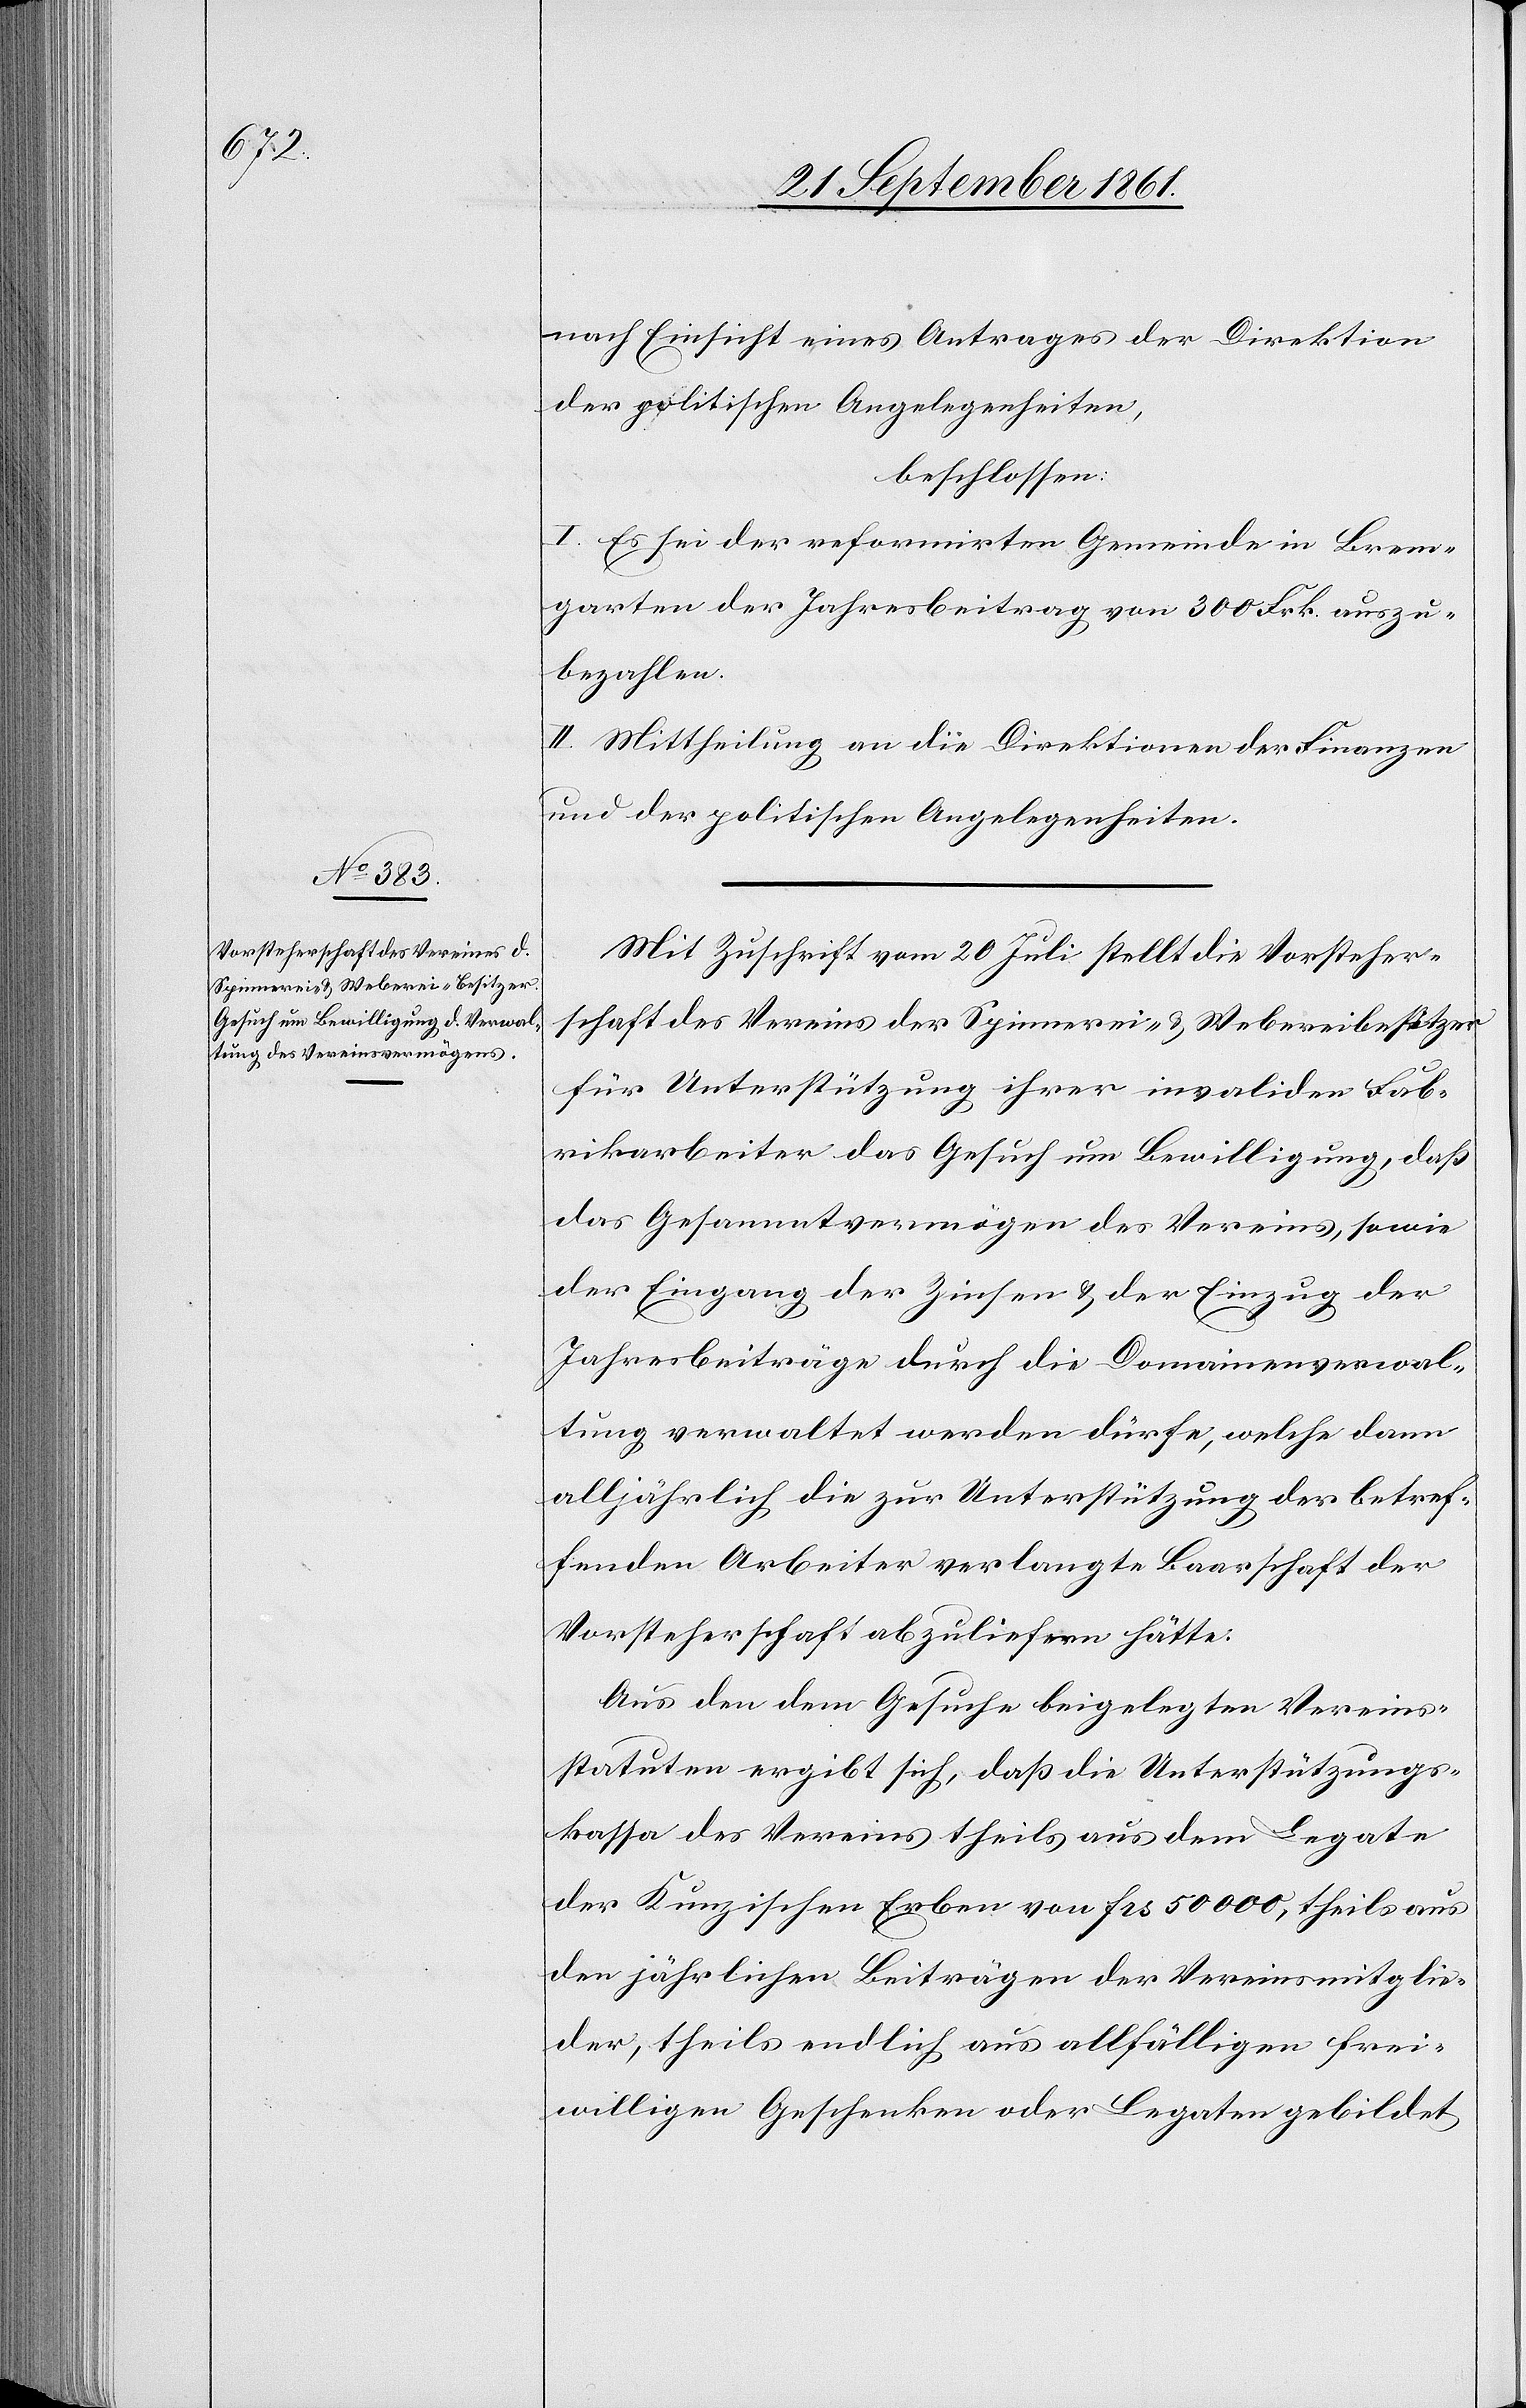
nach Einsicht eines Antrages der Direktion
der politischen Angelegenheiten,
beschlossen:
I. Es sei der reformirten Gemeinde in Brem¬
garten der Jahresbeitrag von 300 Frk. auszu¬
bezahlen.
II. Mittheilung an die Direktionen der Finanzen
und der politischen Angelegenheiten.
Mit Zuschrift vom 20 Juli stellt die Vorsteher¬
schaft des Vereines der Spinnerei- u. Webereibesitzer
für Unterstützung ihrer invaliden Fab¬
rikarbeiter das Gesuch um Bewilligung, daß
das Gesammtvermögen des Vereines, sowie
der Eingang der Zinsen u. der Einzug der
Jahresbeiträge durch die Domainenverwal¬
tung verwaltet werden dürfe, welche dann
alljährlich die zur Unterstützung der betref¬
fenden Arbeiter verlangte Baarschaft der
Vorsteherschaft abzuliefern hätte:
Aus den dem Gesuche beigelegten Vereins¬
statuten ergibt sich, daß die Unterstützungs¬
kassa des Vereines theils aus dem Legate
der Kunzischen Erben von frs 50000, theils aus
den jährlichen Beiträgen der Vereinsmitglie¬
der, theils endlich aus allfälligen frei¬
willigen Geschenken oder Legaten gebildet